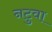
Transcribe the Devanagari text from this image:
नटुवा